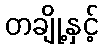
တချို့နှင့်